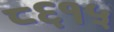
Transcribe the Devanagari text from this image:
८६१५